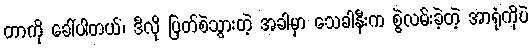
တာကို ခေါ်ပါတယ်၊ ဒီလို ပြတ်စဲသွားတဲ့ အခါမှာ သေခါနီးက စွဲလမ်းခဲ့တဲ့ အာရုံကိုပဲ